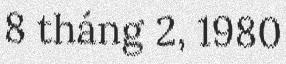
8 tháng 2, 1980